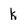
Character: k